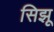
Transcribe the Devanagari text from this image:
सिझू